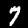
Label: 7